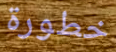
خطورة